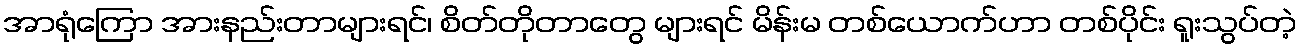
အာရုံကြော အားနည်းတာများရင်၊ စိတ်တိုတာတွေ များရင် မိန်းမ တစ်ယောက်ဟာ တစ်ပိုင်း ရူးသွပ်တဲ့